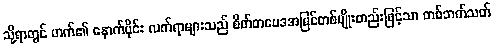
သို့ရာတွင် ဟက်၏ နောက်ပိုင်း လက်ရာများသည် စိတ်တဗေဒအမြင်တစ်မျိုးတည်းဖြင့်သာ တစ်ဘက်သတ်